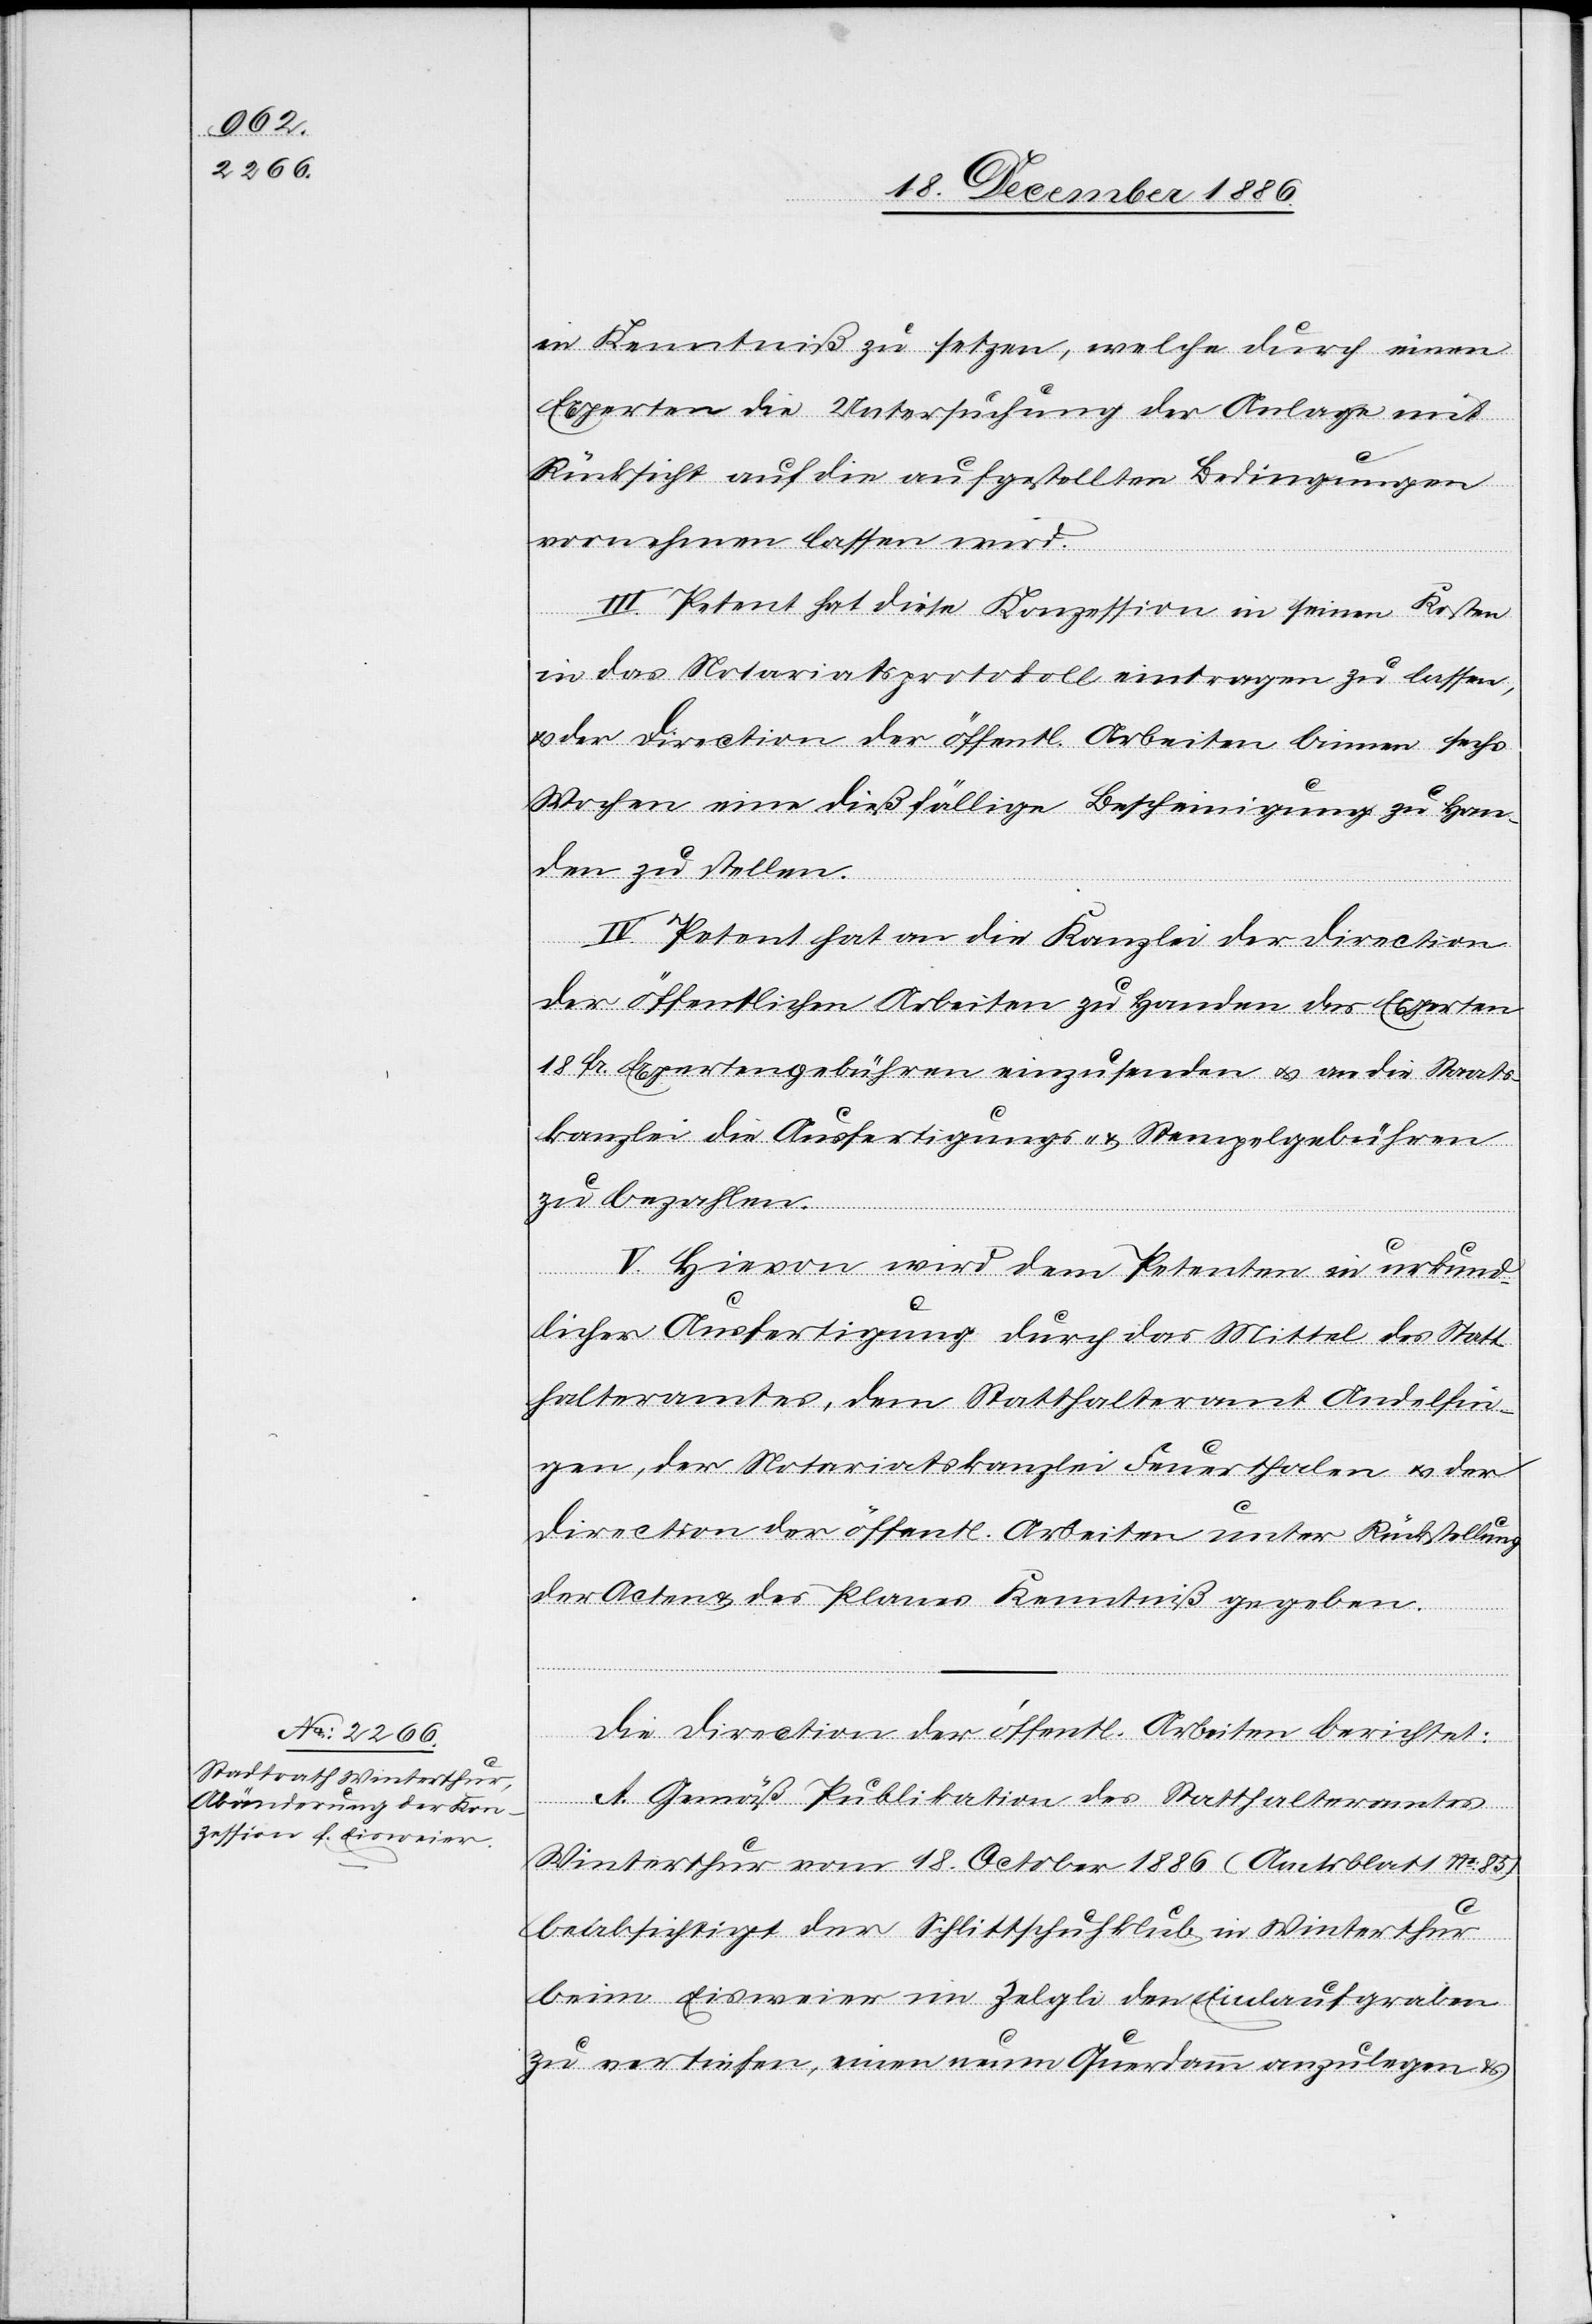
in Kenntniß zu setzen, welche durch einen
Experten die Untersuchung der Anlage mit
Rücksicht auf die aufgestellten Bedingungen
vornehmen lassen wird.
III. Petent hat diese Konzession in seinen Kosten
in das Notariatsprotokoll eintragen zu lassen,
& der Direction der öffentl. Arbeiten binnen sechs
Wochen eine dießfällige Bescheinigung zu Han¬
den zu stellen.
IV. Petent hat an die Kanzlei der Direction
der öffentlichen Arbeiten zu Handen des Experten
18 Fr. Expertengebühren einzusenden & an die Staats¬
kanzlei die Ausfertigungs- & Stempelgebühren
zu bezahlen.
V. Hievon wird dem Petenten in urkund¬
licher Ausfertigung durch das Mittel des Statt¬
halteramtes, dem Statthalteramt Andelfin¬
gen, der Notariatskanzlei Feuerthalen & der
Direction der öffentl. Arbeiten unter Rückstellung
der Acten & des Planes Kenntniß gegeben.
Die Direction der öffentl. Arbeiten berichtet:
A. Gemäß Publikation des Statthalteramtes
Winterthur vom 18. October 1886 (Amtsblatt No: 85)
beabsichtigt der Schlittschuhklub in Winterthur
beim Eisweier im Zelgli den Einlaufgraben
zu vertiefen, einen neuen Querdamm anzulegen &